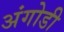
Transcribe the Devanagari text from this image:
अंगोडी